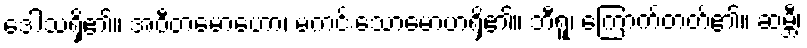
ဒေါသရှိ၏။ အဝီတမောဟော၊ မကင်းသောမောဟရှိ၏။ ဘီရူ၊ ကြောက်တတ်၏။ ဆမ္ဘီ၊